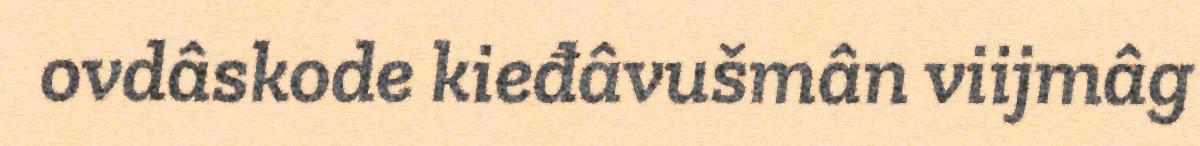
ovdâskode kieđâvušmân viijmâg